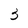
Character: 3